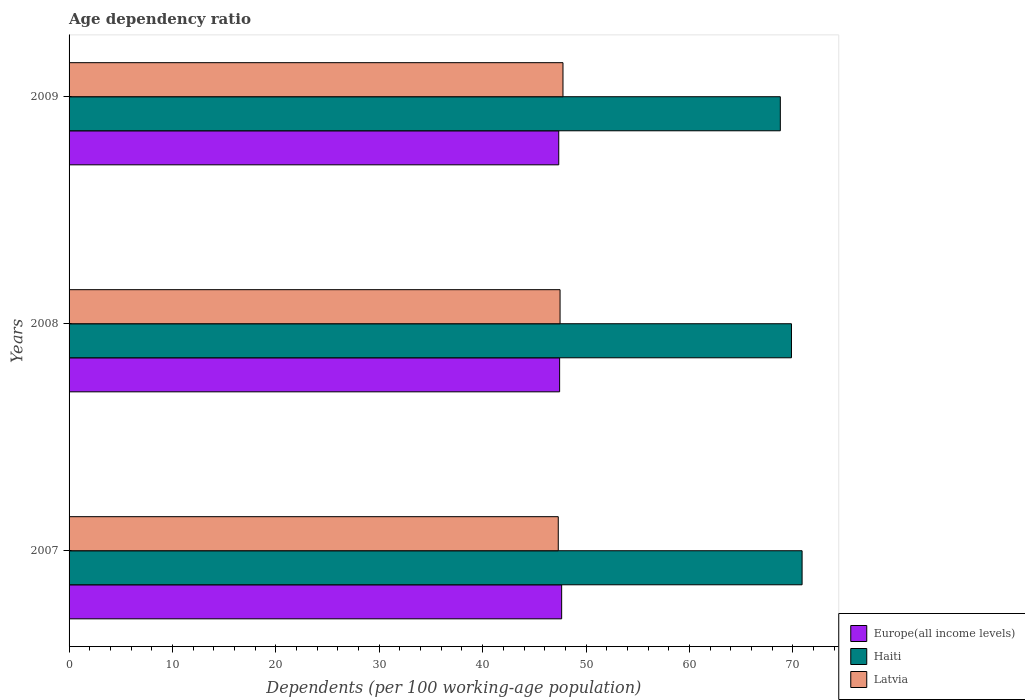
| Years | Europe(all income levels) | Haiti | Latvia |
 | --- | --- | --- | --- |
 | 2007 | 47.6 | 70.9 | 47.3 |
 | 2008 | 47.4 | 69.9 | 47.5 |
 | 2009 | 47.4 | 68.8 | 47.8 |